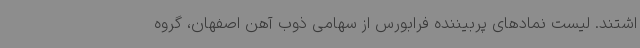
اشتند. لیست نمادهای پربیننده فرابورس از سهامی ذوب آهن اصفهان، گروه